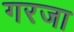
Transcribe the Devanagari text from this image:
गरजा